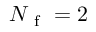
N _ { \mathrm { ~ f ~ } } = 2